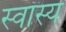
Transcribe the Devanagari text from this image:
स्वास्य